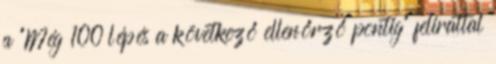
a "Még 100 lépés a következő ellenőrző pontig" felirattal